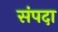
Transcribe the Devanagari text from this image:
संंपदा